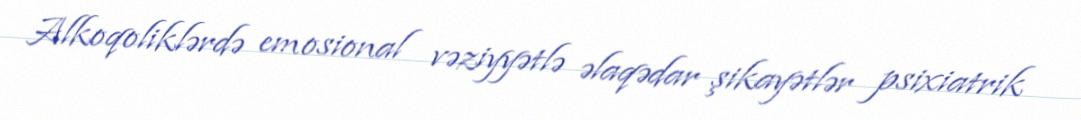
Alkoqoliklərdə emosional vəziyyətlə əlaqədar şikayətlər psixiatrik